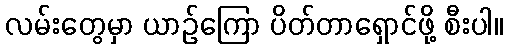
လမ်းတွေမှာ ယာဉ်ကြော ပိတ်တာရှောင်ဖို့ စီးပါ။